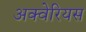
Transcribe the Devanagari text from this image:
अक्वेरियस